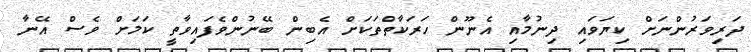
ދަރިވަރުންނަށް ކިޔަވައި ދިނުމާއި އެނޫން ހަރަކާތްތަކަށް އެބިން ބޭނުންވެފައިވާތީ ކަމަށް ވެސް އޭނާ